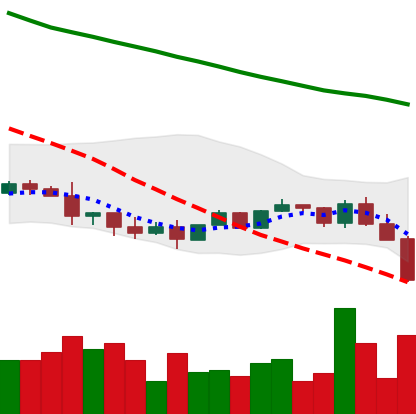
Ticker: NEO-USD
Chart end date: 2022-01-21
Forward return: -7.036%
Label: down_7plus